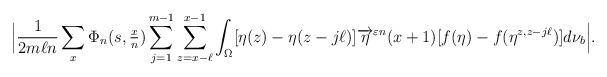
LaTeX: \begin{align*}\Big| \frac{1}{2m \ell n}\sum_{x} \Phi_{n}(s,\tfrac{x}{n} ) \sum_{j=1}^{m-1} \sum_{z = x-\ell}^{x-1} \int_{\Omega} [ \eta(z) - \eta(z - j \ell) ] \overrightarrow{\eta}^{\varepsilon n}(x+1) [f(\eta) - f(\eta^{z,z- j \ell}) ] d\nu_{b} \Big|.\end{align*}